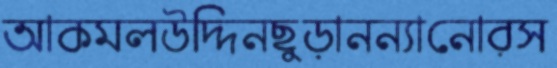
আকমলউদ্দিনছুড়ানন্যানোরস